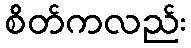
စိတ်ကလည်း